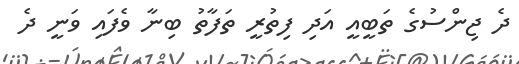
ދެ ޖިންސުގެ ތަބީއީ އަދި ފިތުރީ ތަފާތު ބިނާ ވެފައި ވަނީ ދެ